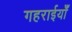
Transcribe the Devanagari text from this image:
गहराईयाँ